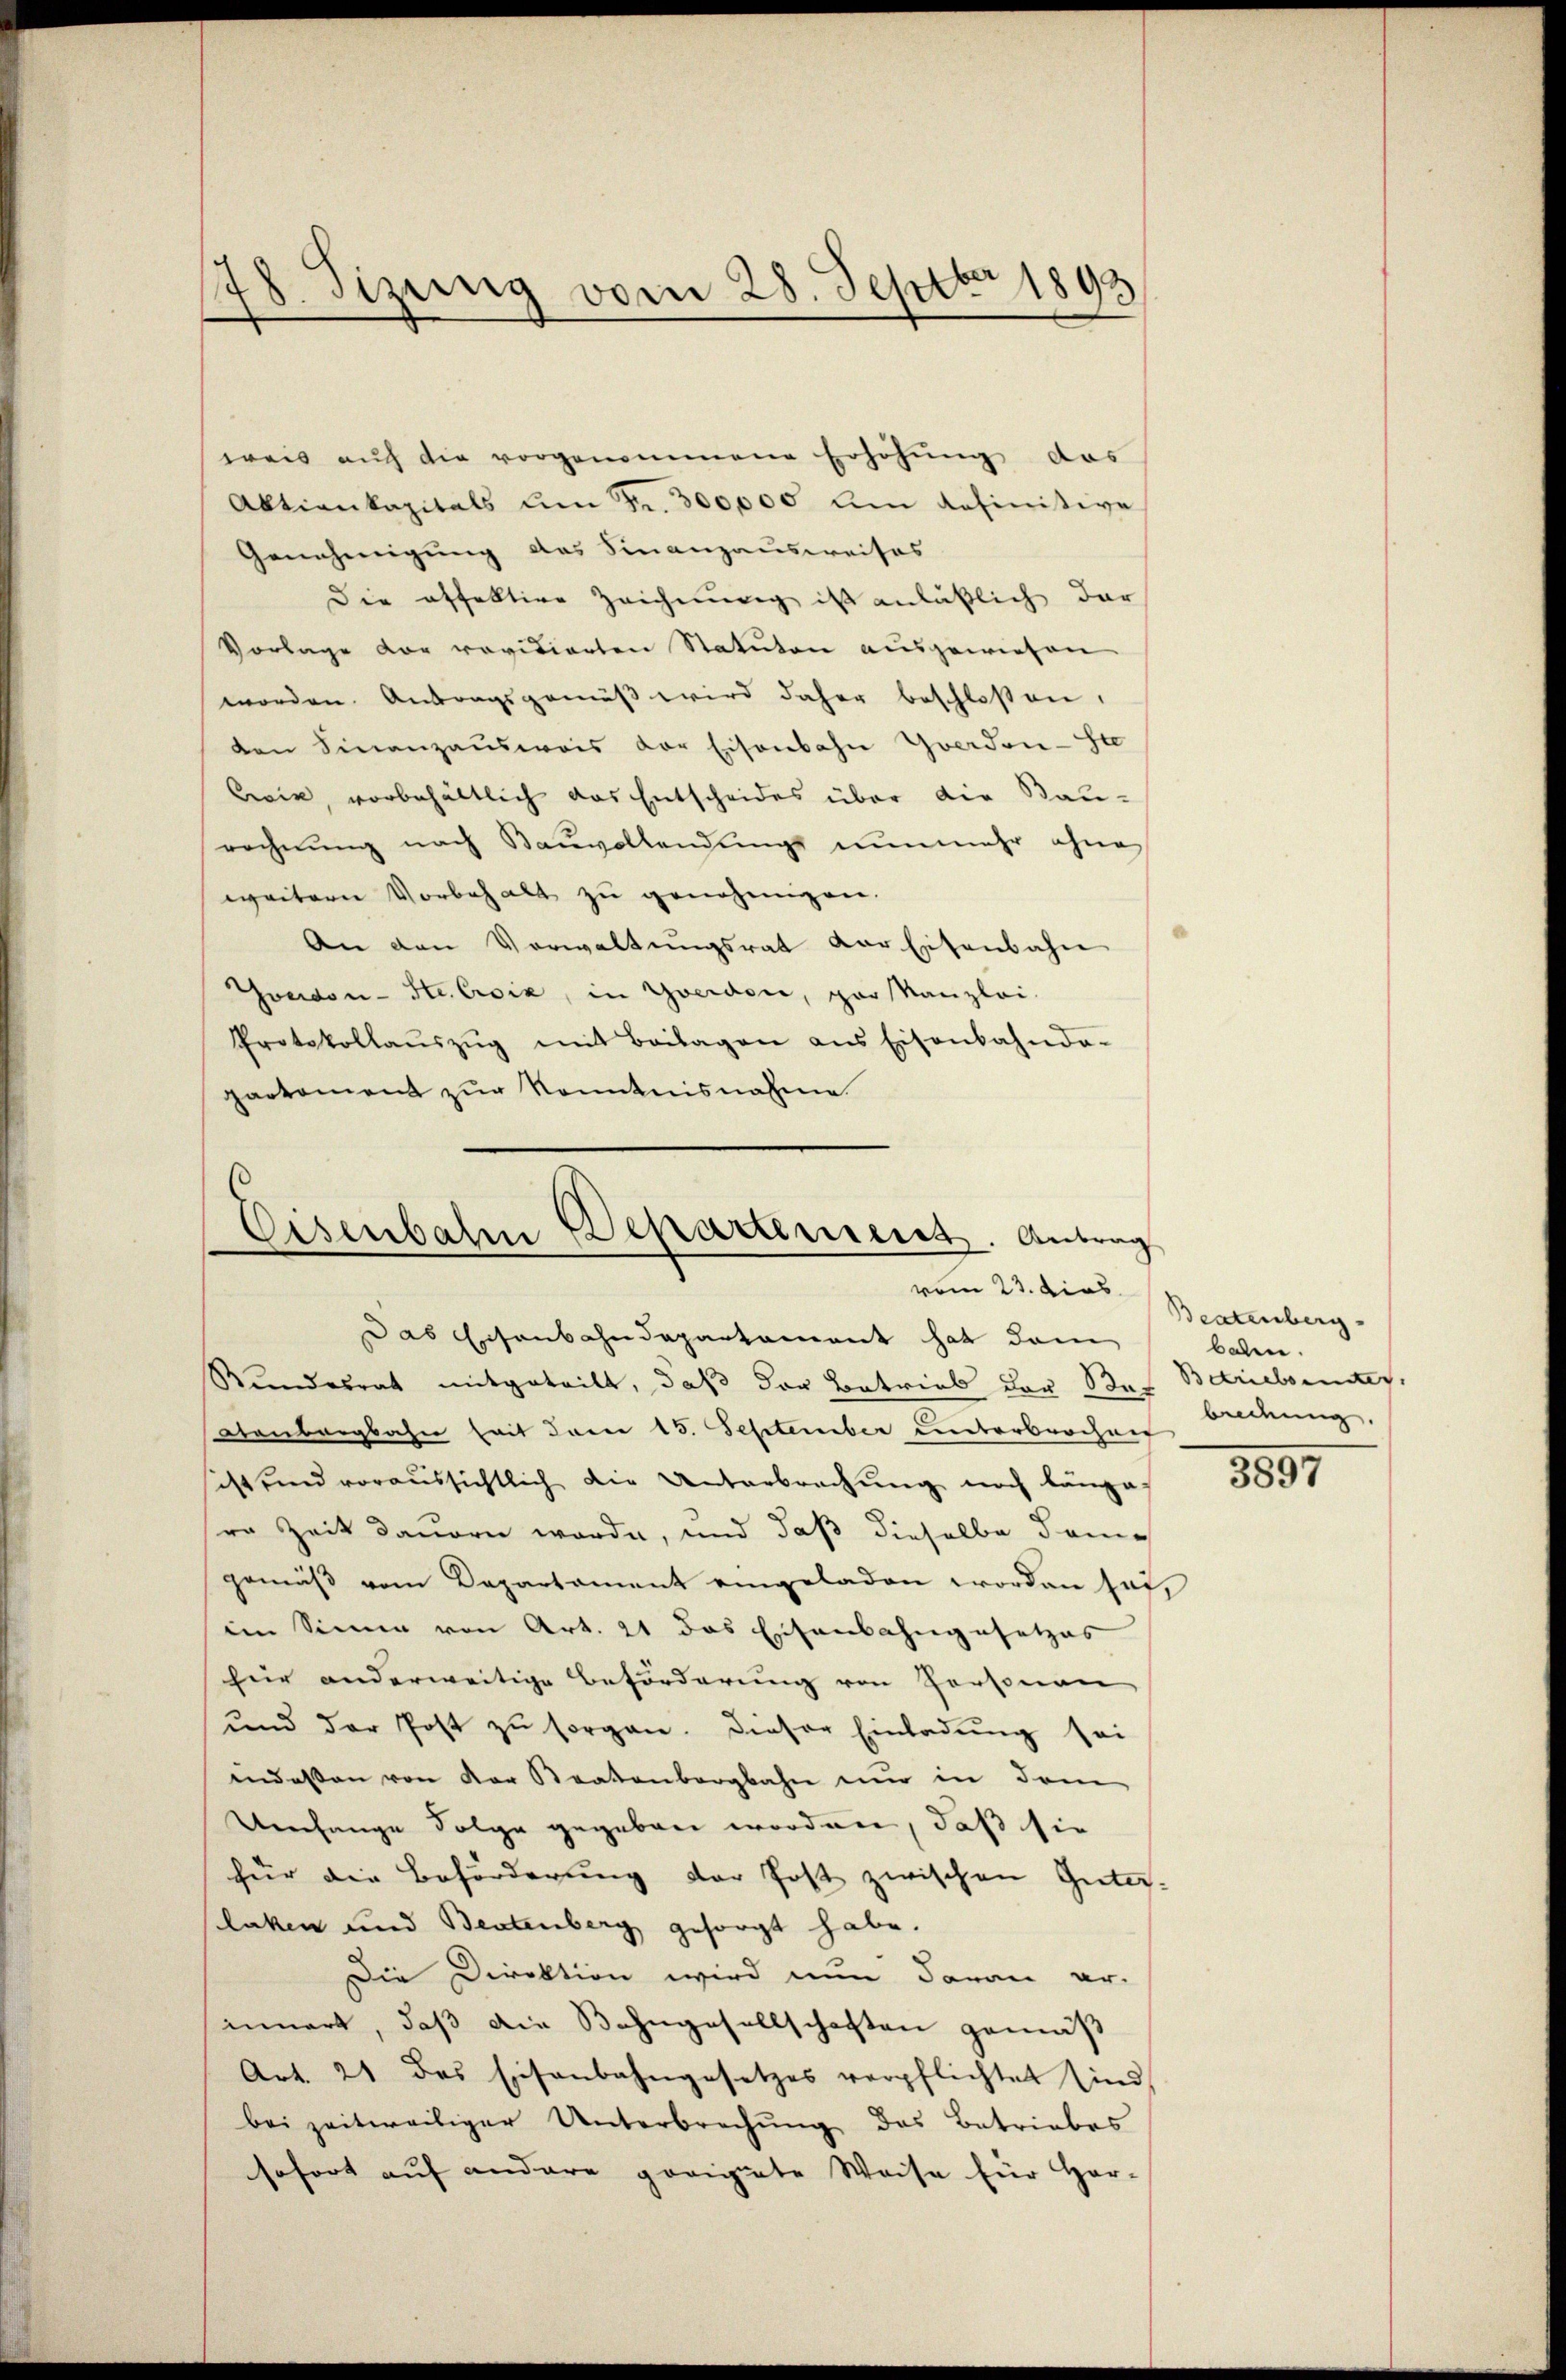
weis auch die vorgenommene Erhöhung das
Aktienkapitals um Fr. 300,000 um definitive
Genehmigung das Finanzausweises
Die offektive Zeichnung ist anläßlich dar
Vorlage der revidierten Statuten ausgewiesen
worden. Antragsgemäβ wird daher beschloßen,
den Finanzausweis der Eisenbahn Yverdon-Ste
Ewin, vorbehältlich das Entscheides über die Bau-
rechnung nach Bauvollendungs nunmehr ohne
weitern Vorbehalt zu genehmigen.
An den Verwaltŭngsrat vor Eisenbahn
Goudon-Ste Croix, in Yverdon, par Kanzlei-
Protokollaŭszŭg mit Beilagen ans Eisenbahnda-
parkoment zur Kenntnisnahme

78. Sizung vom 28. Septbr 1893

Eisenbahn Departement. Antrag
vom 23. dies
Das Eisenbahndepartament hat dam

Rundesrat mitgeteilt, daß der Betrieb der Ses Betrielseites.
tenbergbahn hat dann 15. September unterbrochen Ordnung,
sist und voraussichtlich die Unterbrechung noch länger
ro Zeit dauern worde, und daß dieselbe dam
gemäß vom Departament eingeladen worden hat,
im Sinne von Art. 21 das Eisenbahngesetzes
hier anderweitige Beförderung von Personen
und der Post zŭ sorgen. Dieser Einladŭng sei
indeßen von der Staatenbergbahn nur in dem
Uenhange Folge gegeben worden, daß sie
für die Beförderung der Post zwischen Güter-
laken und Beutenberg gesorgt habe.
Die Direktion wird nun daran ar-
innert, daß die Bahngesellschaften gemäß
Art. 21 des Eisenbahngesetzes verpflichtet sind
bei zeitweiliger Unterbrechŭng des Betriebes
sofort auf andere porigiete Weise für Her-

Beatenberg.
balen.

3597